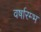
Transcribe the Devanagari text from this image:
वर्षारम्भ